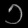
Digit: ၁